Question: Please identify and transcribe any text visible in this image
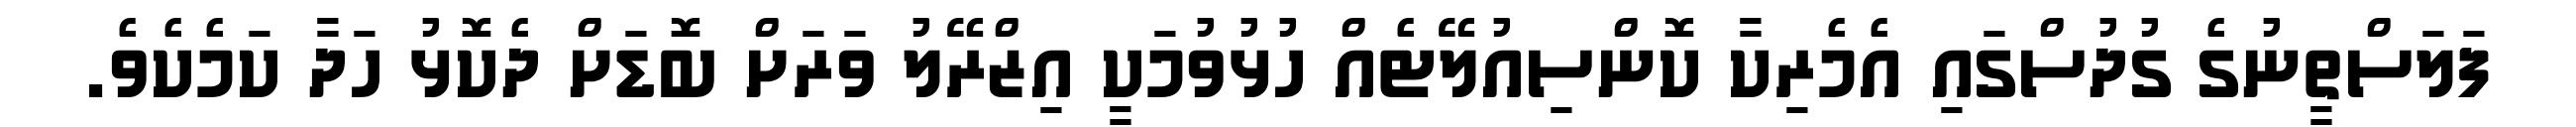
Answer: ފަލަސްތީނުގެ ގުދުސްގައި އެމެރިކާ ކޮންސިއުލޭޓެއް ހުޅުވުމަކީ އިޒްރޭލު ވަރަށް ބޮޑަށް ދެކޮޅު ހަދާ ކަމެކެވެ.